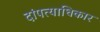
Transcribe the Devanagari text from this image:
दांपत्याधिकार